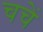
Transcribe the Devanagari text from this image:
चचें